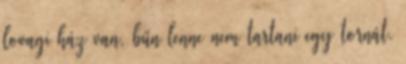
lovagi ház van, bűn lenne nem tartani egy tornát.